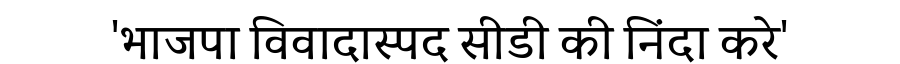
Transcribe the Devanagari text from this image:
'भाजपा विवादास्पद सीडी की निंदा करे'